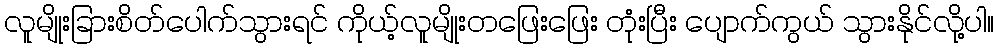
လူမျိုးခြားစိတ်ပေါက်သွားရင် ကိုယ့်လူမျိုးတဖြေးဖြေး တုံးပြီး ပျောက်ကွယ် သွားနိုင်လို့ပါ။